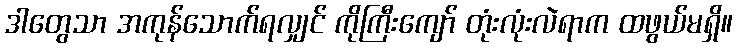
ဒါတွေသာ အကုန်သောက်ရလျှင် ကိုကြီးကျော် တုံးလုံးလဲရာက ထဖွယ်မရှိ။